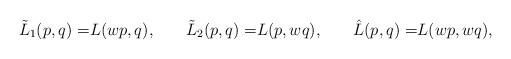
LaTeX: \begin{align*}\tilde{L}_1(p,q)=&L(w p,q),& \tilde{L}_2(p,q)=&L( p,w q), &\hat{L}(p,q)=&L(w p,w q),\end{align*}